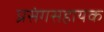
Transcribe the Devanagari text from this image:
प्रसंगसहायक